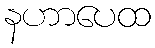
နဟာပေထ